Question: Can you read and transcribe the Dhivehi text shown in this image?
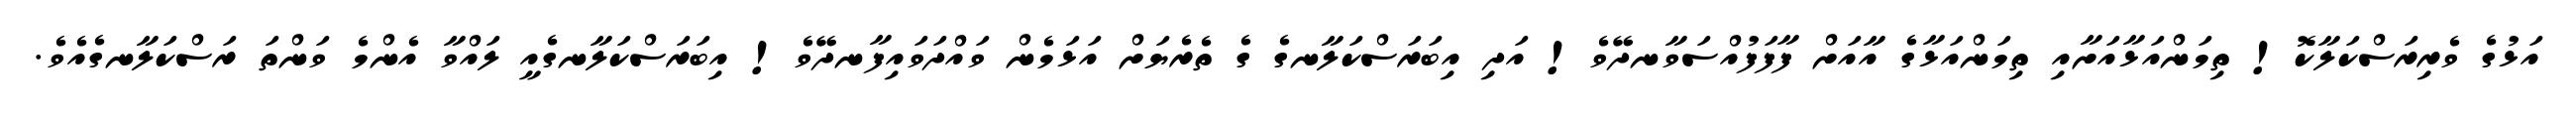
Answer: އަޅުގެ ވެރިރަސްކަލާކޮ! ތިމަންއަޅާއަށާއި ތިމަންއަޅާގެ އާއަށް ފާފަފުއްސަވާނދޭވެ! އަދި އިބަރަސްކަލާނގެ ގެ ތެރެޔަށް އަޅަމެން ވައްދަވައިފާނދޭވެ! އިބަރަސްކަލާނގެއީ ލައްވާ އެންމެ ވަންތަ ރަސްކަލާނގެއެވެ.